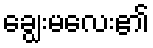
ချွေးမလေး၏